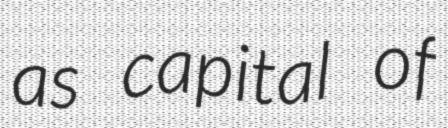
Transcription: as capital of